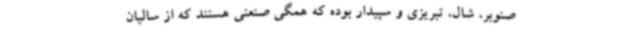
صنوبر، شال، تبریزی و سپیدار بوده که همگی صنعتی هستند که از سالیان